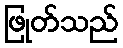
ဖြုတ်သည်